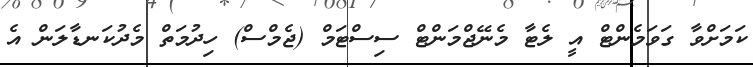
ކަމަށްވާ ގަވަމެންޓް އީ ލެޓާ މެނޭޖްމަންޓް ސިސްޓަމް (ޖެމްސް) ހިދުމަތް މެދުކަނޑާލަން އެ